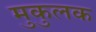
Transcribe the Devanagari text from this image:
मुकुलक